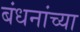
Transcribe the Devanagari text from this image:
बंधनांच्या